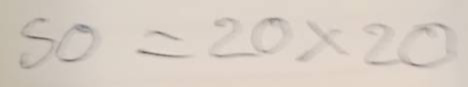
50 = 20x20